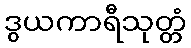
ဒွယကာရီသုတ္တံ